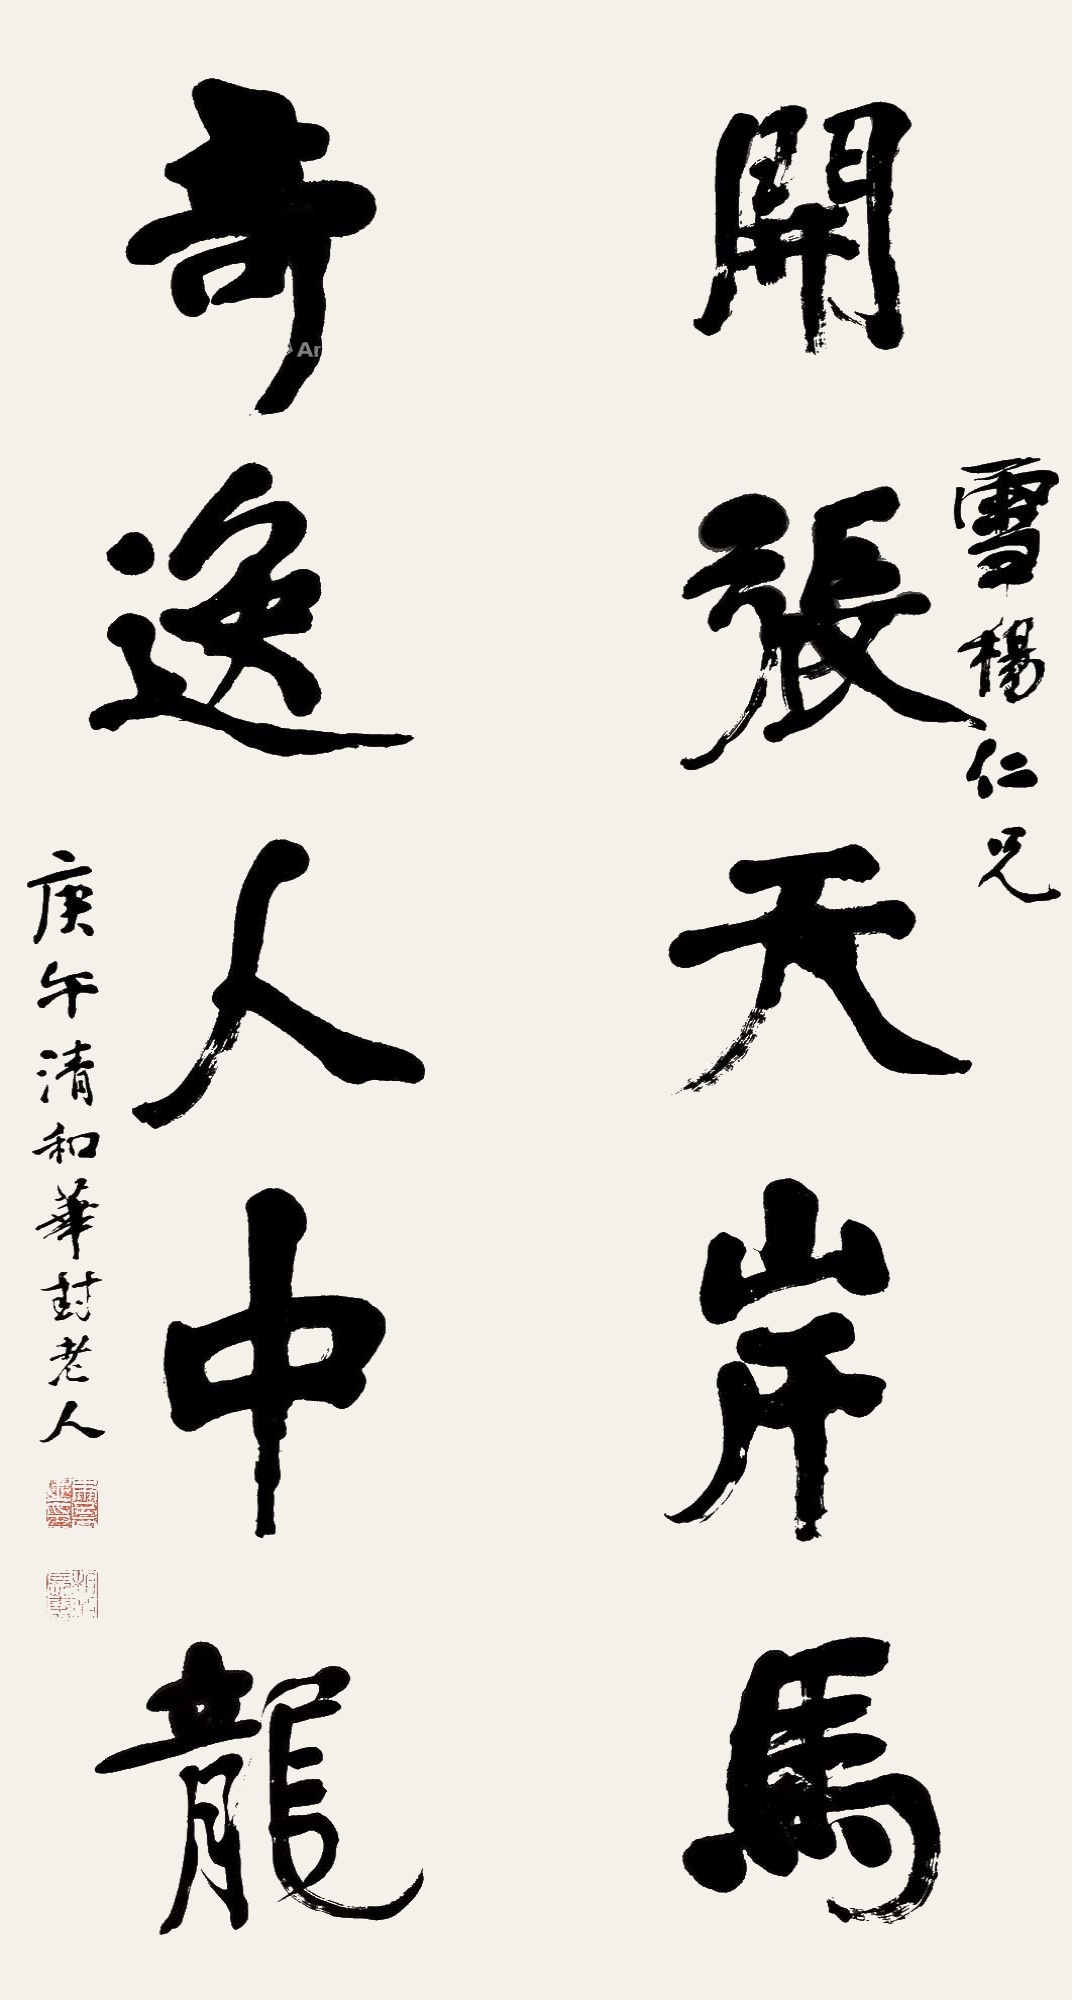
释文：开张天岸马，奇逸人中龙。雪杨仁兄。庚午清和，华封老人。